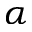
\alpha